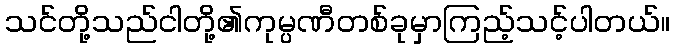
သင်တို့သည်ငါတို့၏ကုမ္ပဏီတစ်ခုမှာကြည့်သင့်ပါတယ်။